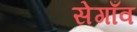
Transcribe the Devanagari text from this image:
सेगाँव